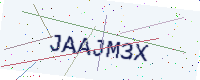
Text: JAAJM3X